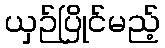
ယှဉ်ပြိုင်မည့်